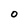
Character: 0